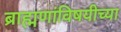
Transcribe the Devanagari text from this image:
ब्राह्मणांविषयीच्या